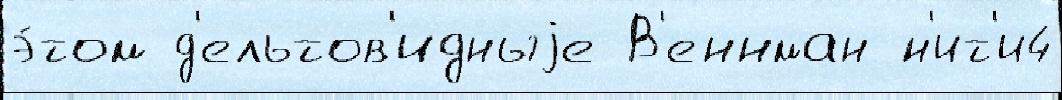
э́том д'ельтов'идныjе В'еннман н'ит'и4